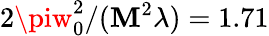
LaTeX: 2\piw_{0}^{2}/(\mathbf{M}^{2}\lambda)=1.71